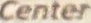
Cener